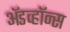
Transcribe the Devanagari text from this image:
ॲडव्हॉन्स